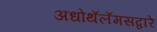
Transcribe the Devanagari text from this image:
अधोथॅलॅमसद्वारे